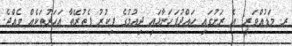
ރ. މަޑުއްވަރީ: އެ ރަށުގައި ހައްދުފަހަނާޅައި ދިއުމުގެ ފިކުރު ފެތުރޭތާ އަހަރުތަކެއް ވެއްޖެ.